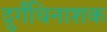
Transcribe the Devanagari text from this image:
दुर्गंधिनाशक